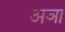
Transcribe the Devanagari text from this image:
अञा